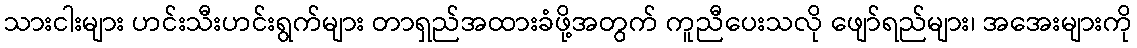
သားငါးများ ဟင်းသီးဟင်းရွက်များ တာရှည်အထားခံဖို့အတွက် ကူညီပေးသလို ဖျော်ရည်များ၊ အအေးများကို